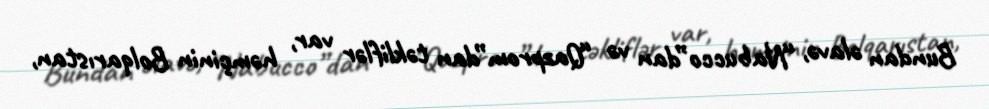
Bundan əlavə, “Nabucco”dan və “Qazprom”dan təkliflər var, həmçinin Bolqarıstan,